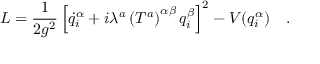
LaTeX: L = \frac { 1 } { 2 g ^ { 2 } } \left[ \dot { q } _ { i } ^ { \alpha } + i \lambda ^ { a } \left( T ^ { a } \right) ^ { \alpha \beta } q _ { i } ^ { \beta } \right] ^ { 2 } - V ( q _ { i } ^ { \alpha } ) \ \ \ .